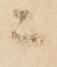
ニ